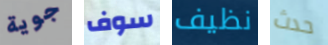
جوية سوف نظيف حدث